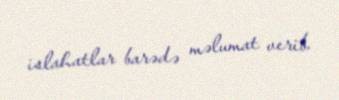
islahatlar barədə məlumat verib.